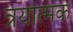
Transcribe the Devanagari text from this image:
त्रयात्मक